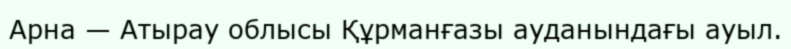
Арна — Атырау облысы Құрманғазы ауданындағы ауыл.